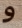
و